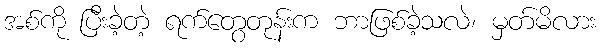
အစ်ကို ပြီးခဲ့တဲ့ ရက်တွေတုန်းက ဘာဖြစ်ခဲ့သလဲ၊ မှတ်မိလား